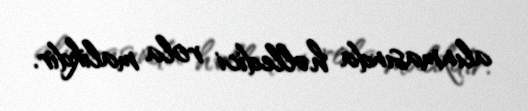
alınmasında həlledici rola malikdir.